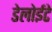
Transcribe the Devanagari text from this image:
डेलोईटे